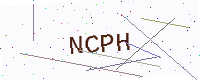
Text: NCPH